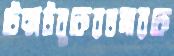
টেক্সটবুকেরতমারকে